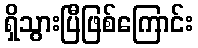
ရှိသွားပြီဖြစ်ကြောင်း